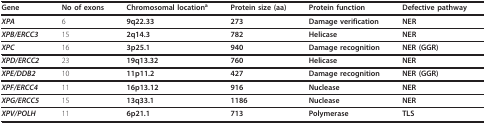
| Gene | No of exons | Chromosomal locationa | Protein size (aa) | Protein function | Defective pathway |
 | --- | --- | --- | --- | --- | --- |
 | XPA | 6 | 9q22.33 | 273 | Damage verification | NER |
 | XPB/ERCC3 | 15 | 2q14.3 | 782 | Helicase | NER |
 | XPC | 16 | 3p25.1 | 940 | Damage recognition | NER (GGR) |
 | XPD/ERCC2 | 23 | 19q13.32 | 760 | Helicase | NER |
 | XPE/DDB2 | 10 | 11p11.2 | 427 | Damage recognition | NER (GGR) |
 | XPF/ERCC4 | 11 | 16p13.12 | 916 | Nuclease | NER |
 | XPG/ERCC5 | 15 | 13q33.1 | 1186 | Nuclease | NER |
 | XPV/POLH | 11 | 6p21.1 | 713 | Polymerase | TLS |